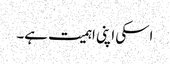
اسکی اپنی اہمیت ہے۔